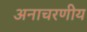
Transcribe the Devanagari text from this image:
अनाचरणीय